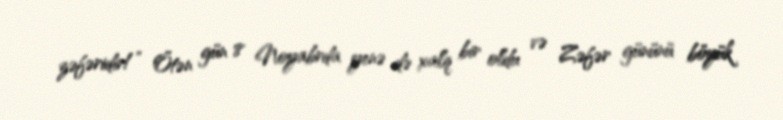
zəfəridir!” Ötən gün 8 Noyabrda yenə də xalq bir oldu və Zəfər gününü böyük